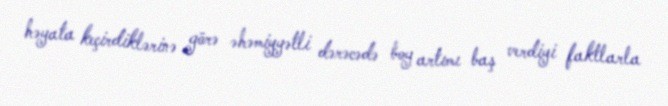
həyata keçirdiklərinə görə əhəmiyyətli dərəcədə boy artımı baş verdiyi faktlarla